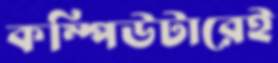
কম্পিউটারেই